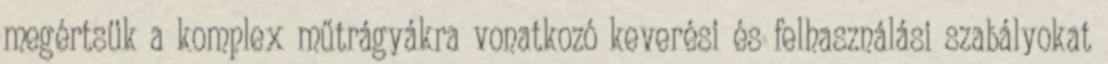
megértsük a komplex műtrágyákra vonatkozó keverési és felhasználási szabályokat